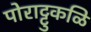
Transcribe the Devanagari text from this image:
पोराट्टुकळि